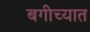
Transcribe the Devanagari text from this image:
बगीच्यात